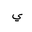
Letter: _ya